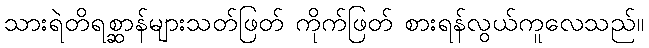
သားရဲတိရစ္ဆာန်များသတ်ဖြတ် ကိုက်ဖြတ် စားရန်လွယ်ကူလေသည်။